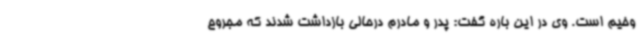
وخیم است. وی در این باره گفت: پدر و مادرم درحالی بازداشت شدند که مجروح